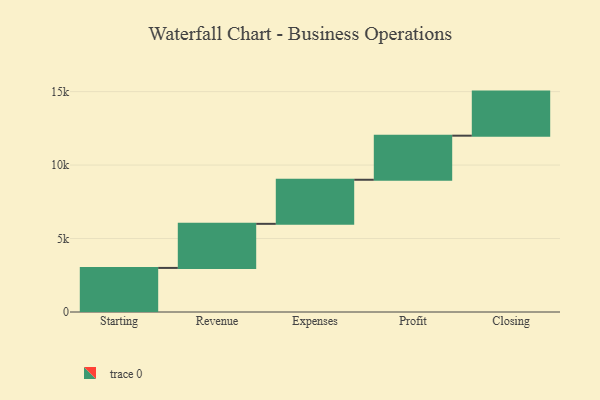
{"axis": {"x": "Step", "y": "Value"}, "legend": [""], "data": [{"x": "Starting", "y": 3000, "type": ""}, {"x": "Revenue", "y": 3000, "type": ""}, {"x": "Expenses", "y": 3000, "type": ""}, {"x": "Profit", "y": 3000, "type": ""}, {"x": "Closing", "y": 3000, "type": ""}]}